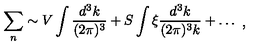
\begin{array} { c } { \displaystyle { \sum _ { n } \sim V \int \frac { d ^ { 3 } k } { ( 2 \pi ) ^ { 3 } } + S \int \xi \frac { d ^ { 3 } k } { ( 2 \pi ) ^ { 3 } k } + \dots } } \\ \end{array} ,